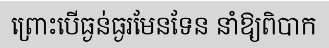
ព្រោះបើធ្ងន់ធ្ងរមែនទែន នាំឱ្យពិបាក